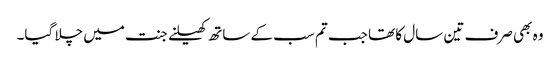
وہ بھی صرف تین سال کا تھا جب تم سب کے ساتھ کھیلنے جنت میں چلا گیا۔